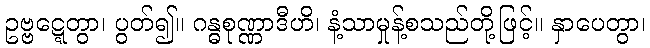
ဥဗ္ဗဋ္ဋေတွာ၊ ပွတ်၍။ ဂန္ဓစုဏ္ဏာဒီဟိ၊ နံ့သာမှုန့်စသည်တို့ဖြင့်။ နှာပေတွာ၊